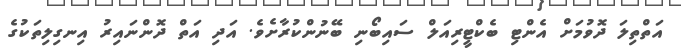
އަތްތިލަ ދޮވުމަށް އެންޓި ބެކްޓީރިއަލް ސައިބޯނި ބޭނުންކުރާށެވެ. އަދި އަތް ދޮންނައިރު އިނގިލިތަކުގެ